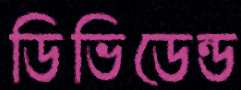
ডিভিডেন্ড